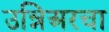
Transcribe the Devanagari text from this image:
उन्निअरचा